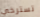
تسترخي